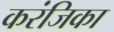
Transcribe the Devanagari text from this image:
करंजिका